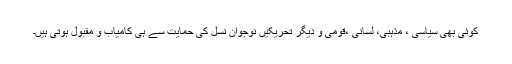
کوئی بھی سیاسی ، مذہبی، لسانی ،قومی و دیگر تحریکیں نوجوان نسل کی حمایت سے ہی کامیاب و مقبول ہوتی ہیں۔